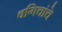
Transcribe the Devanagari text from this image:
बगिचांचे